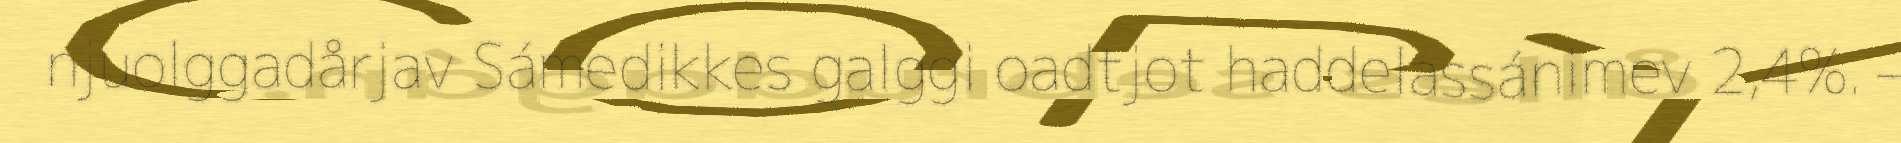
njuolggadårjav Sámedikkes galggi oadtjot haddelassánimev 2,4%. –